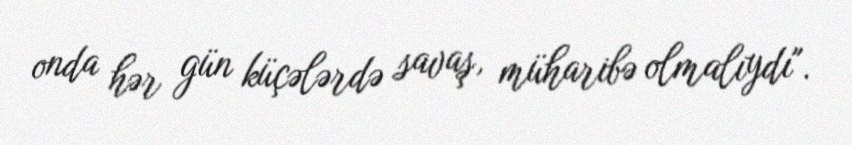
onda hər gün küçələrdə savaş, müharibə olmalıydı".